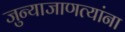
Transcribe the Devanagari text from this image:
जुन्याजाणत्यांना